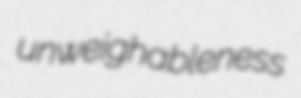
unweighableness